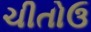
ચીતોઉ